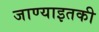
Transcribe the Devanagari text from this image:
जाण्याइतकी